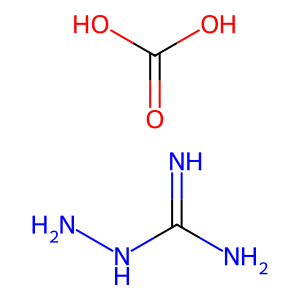
SMILES: N=C(N)NN.O=C(O)O
Inhibits HIV replication: No